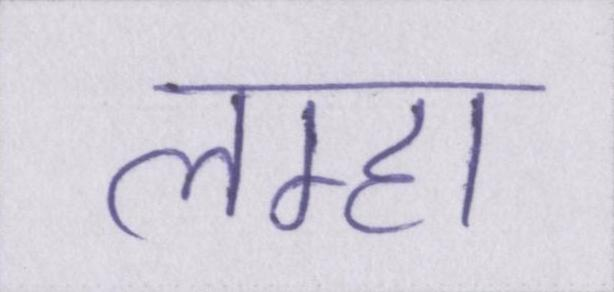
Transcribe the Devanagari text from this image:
लम्हा